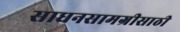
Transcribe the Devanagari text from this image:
साधनसामग्रीसाठी